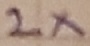
Text: 2X